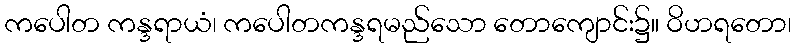
ကပေါတ ကန္ဒရာယံ၊ ကပေါတကန္ဒရမည်သော တောကျောင်း၌။ ဝိဟရတော၊